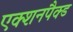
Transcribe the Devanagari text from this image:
एक्शनपैक्ड